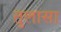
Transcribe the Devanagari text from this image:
तुलासा